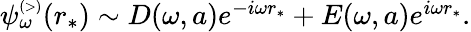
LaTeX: \begin{array}{r}{\psi_{\omega}^{\scriptscriptstyle(>)}(r_{*})\sim D(\omega,a)e^{-i\omega r_{*}}+E(\omega,a)e^{i\omega r_{*}}.}\end{array}